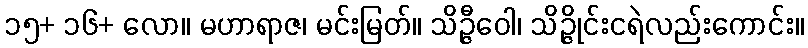
၁၅+ ၁၆+ လော။ မဟာရာဇ၊ မင်းမြတ်။ သိဉ္ဇီဝေါ၊ သိဉ္ဇိုင်းငရဲလည်းကောင်း။